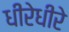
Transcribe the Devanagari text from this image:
धीरेधीरे